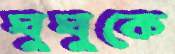
ঘুঘুকে